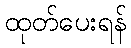
ထုတ်ပေးရန်